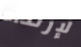
لإرتداء